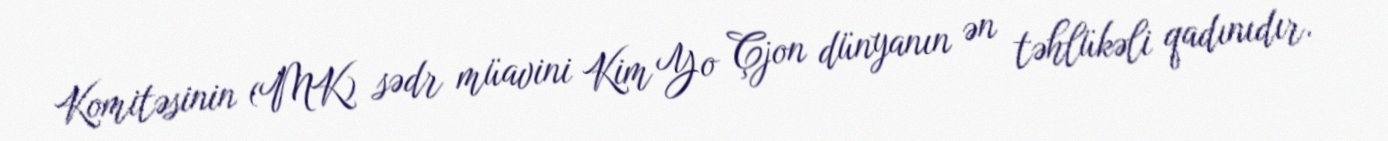
Komitəsinin (MK) sədr müavini Kim Yo Çjon dünyanın ən təhlükəli qadınıdır.